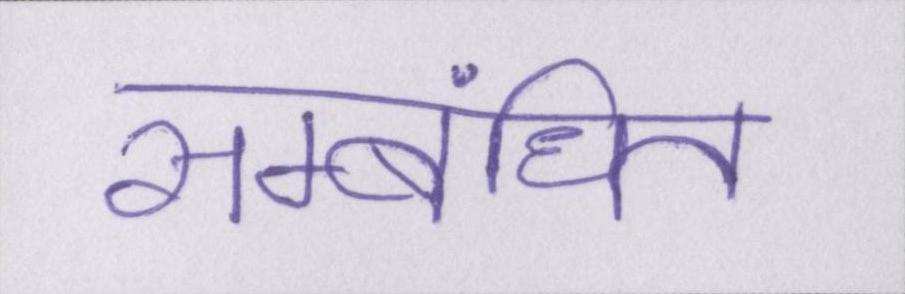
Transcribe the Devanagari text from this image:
सम्बंधित